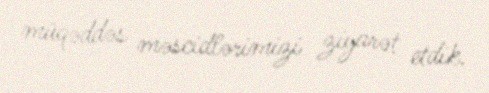
müqəddəs məscidlərimizi ziyarət etdik.